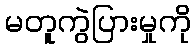
မတူကွဲပြားမှုကို